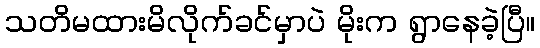
သတိမထားမိလိုက်ခင်မှာပဲ မိုးက ရွာနေခဲ့ပြီ။